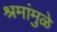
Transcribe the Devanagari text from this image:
श्रमांमुळे